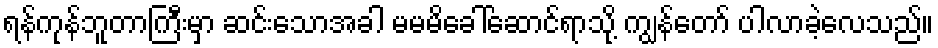
ရန်ကုန်ဘူတာကြီးမှာ ဆင်းသောအခါ မမမိခေါ်ဆောင်ရာသို့ ကျွန်တော် ပါလာခဲ့လေသည်။